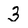
Character: 3